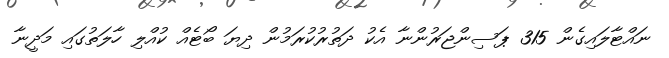
ނައްޓާލައިގެން 315 ޕަސިންޖަރުންނާ އެކު ދަތުރުކުރަމުން ދިޔަ ބޯޓެއް ކުއްލި ހާލަތުގައި މަދީނާ